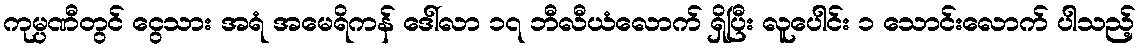
ကုမ္ပဏီတွင် ငွေသား အရံ အမေရိကန် ဒေါ်လာ ၁၇ ဘီလီယံလောက် ရှိပြီး လူပေါင်း ၁ သောင်းလောက် ပါသည့်